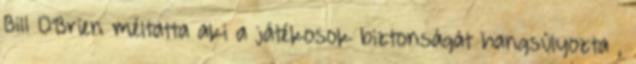
Bill O’Brien méltatta aki a játékosok biztonságát hangsúlyozta ,